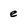
Character: e